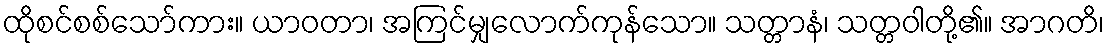
ထိုစင်စစ်သော်ကား။ ယာဝတာ၊ အကြင်မျှလောက်ကုန်သော။ သတ္တာနံ၊ သတ္တဝါတို့၏။ အာဂတိ၊